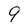
Character: 9